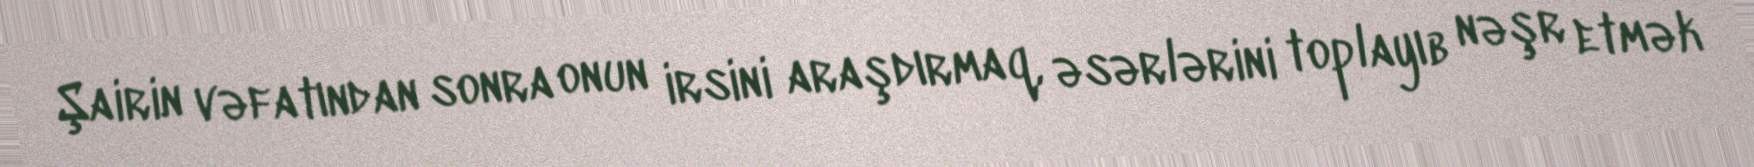
Şairin vəfatından sonra onun irsini araşdırmaq, əsərlərini toplayıb nəşr etmək